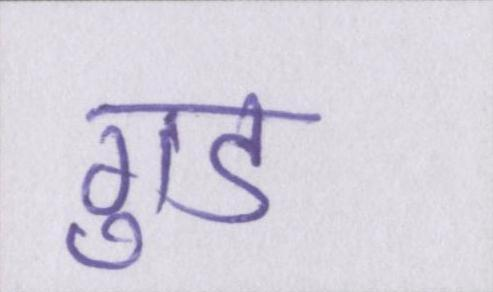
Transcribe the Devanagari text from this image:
गुड